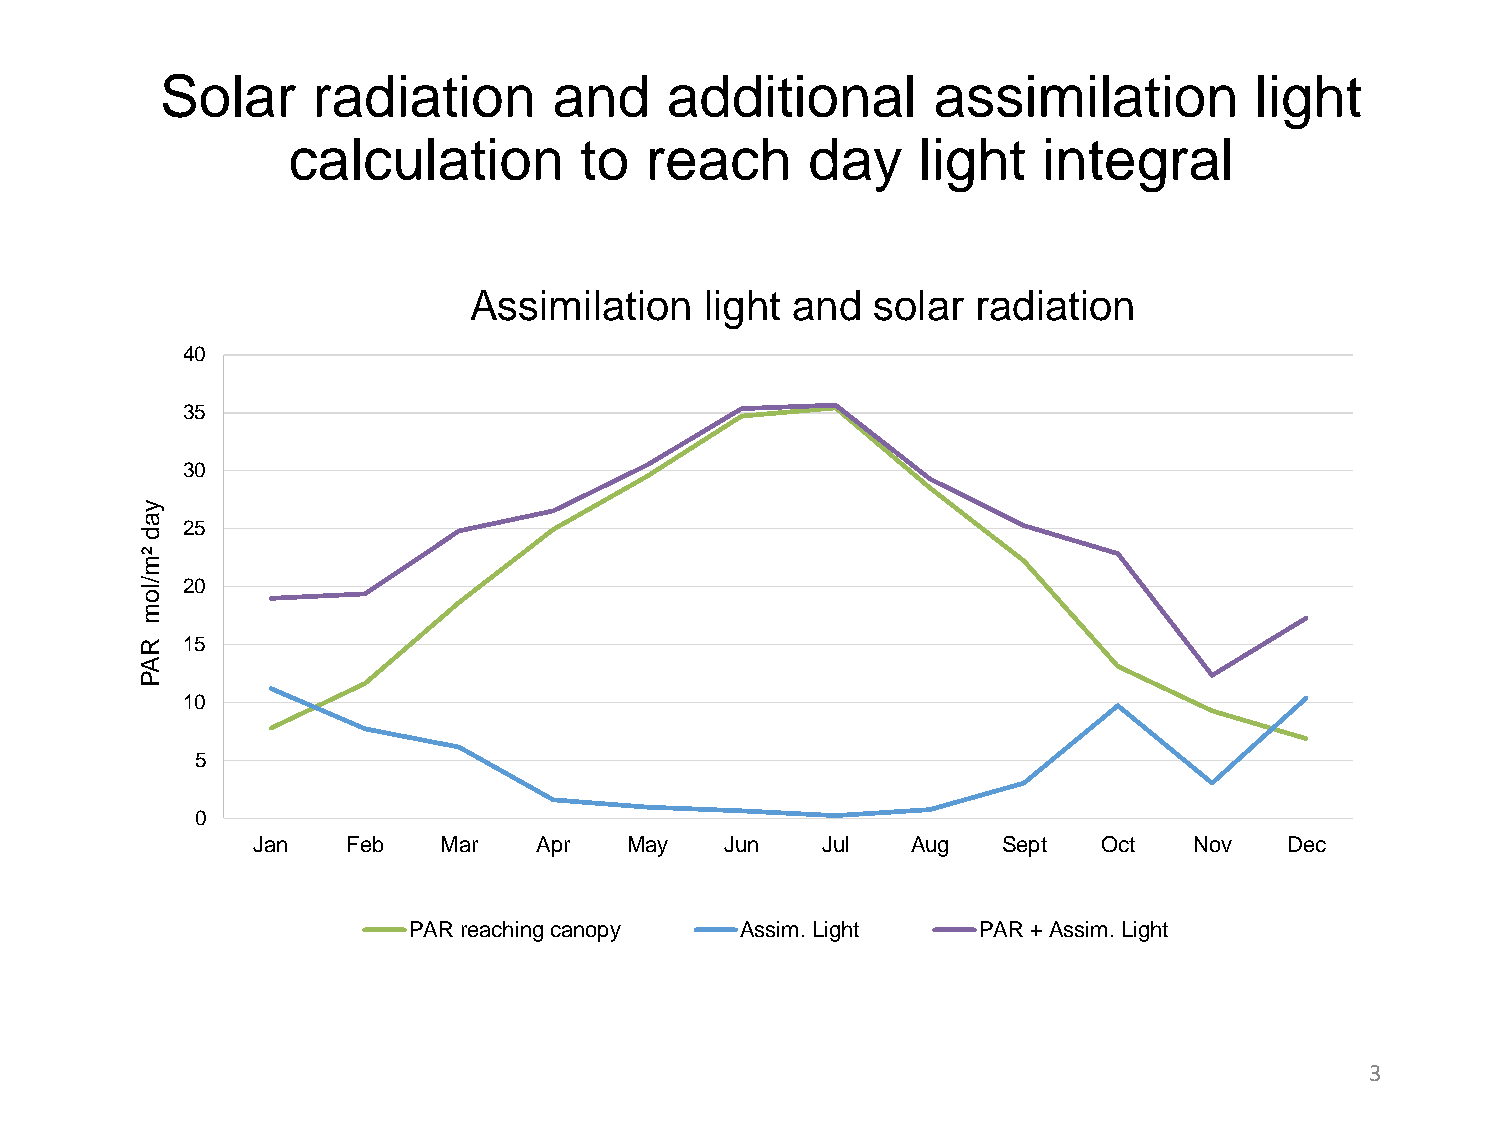
Solar     radiation       and    additional        assimilation         light
 calculation        to   reach      day    light   integral
 Assimilation    light and  solar  radiation
 40
 35
 30
 y
 a
 25
 d
 ²
 m
 / lo 20
 m
 R  15
 A
 P
 10
 5
 0
 Jan   Feb   Mar    Apr   May   Jun   Jul   Aug   Sept   Oct   Nov   Dec
 PAR reaching canopy   Assim. Light    PAR + Assim. Light
 3